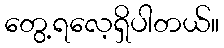
တွေ့ရလေ့ရှိပါတယ်။